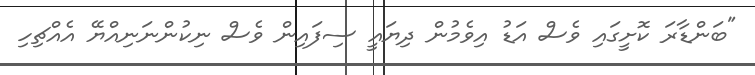
"ބަންޑާރަ ކޮށީގައި ވެސް އަޑު އިވެމުން ދިޔައީ ސިފައިން ވެސް ނިކުންނަނިއްޔޭ އެއްޗިހި